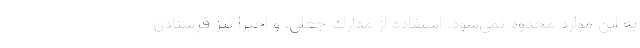
به اين موارد محدود نمي‌شود. استفاده از مدارك جعلي، و اخيرا نيز فرستادن